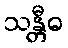
သန္တီဓ